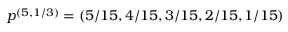
\boldsymbol { p } ^ { ( 5 , 1 / 3 ) } = ( 5 / 1 5 , 4 / 1 5 , 3 / 1 5 , 2 / 1 5 , 1 / 1 5 )